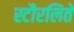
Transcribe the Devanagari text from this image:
स्टौरलिते